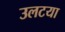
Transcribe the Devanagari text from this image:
उलटया